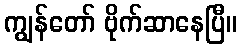
ကျွန်တော် ဗိုက်ဆာနေပြီ။